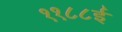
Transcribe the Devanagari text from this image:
११८८ई